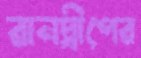
রানদ্বীপের